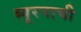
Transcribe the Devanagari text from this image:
ब्यूरनाची